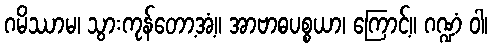
ဂမိဿာမ၊ သွားကုန်တော့အံ့။ အာဗာဓပစ္စယာ၊ ကြောင့်။ ဂဏ္ဍံ ဝါ၊